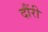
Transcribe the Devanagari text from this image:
दौंरी